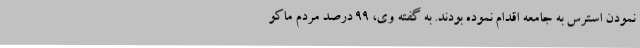
نمودن استرس به جامعه اقدام نموده بودند. به گفته وی، 99 درصد مردم ماکو